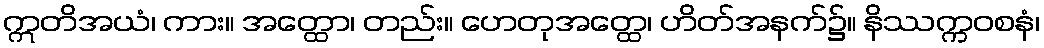
ဣတိအယံ၊ ကား။ အတ္ထော၊ တည်း။ ဟေတုအတ္ထေ၊ ဟိတ်အနက်၌။ နိဿက္ကဝစနံ၊